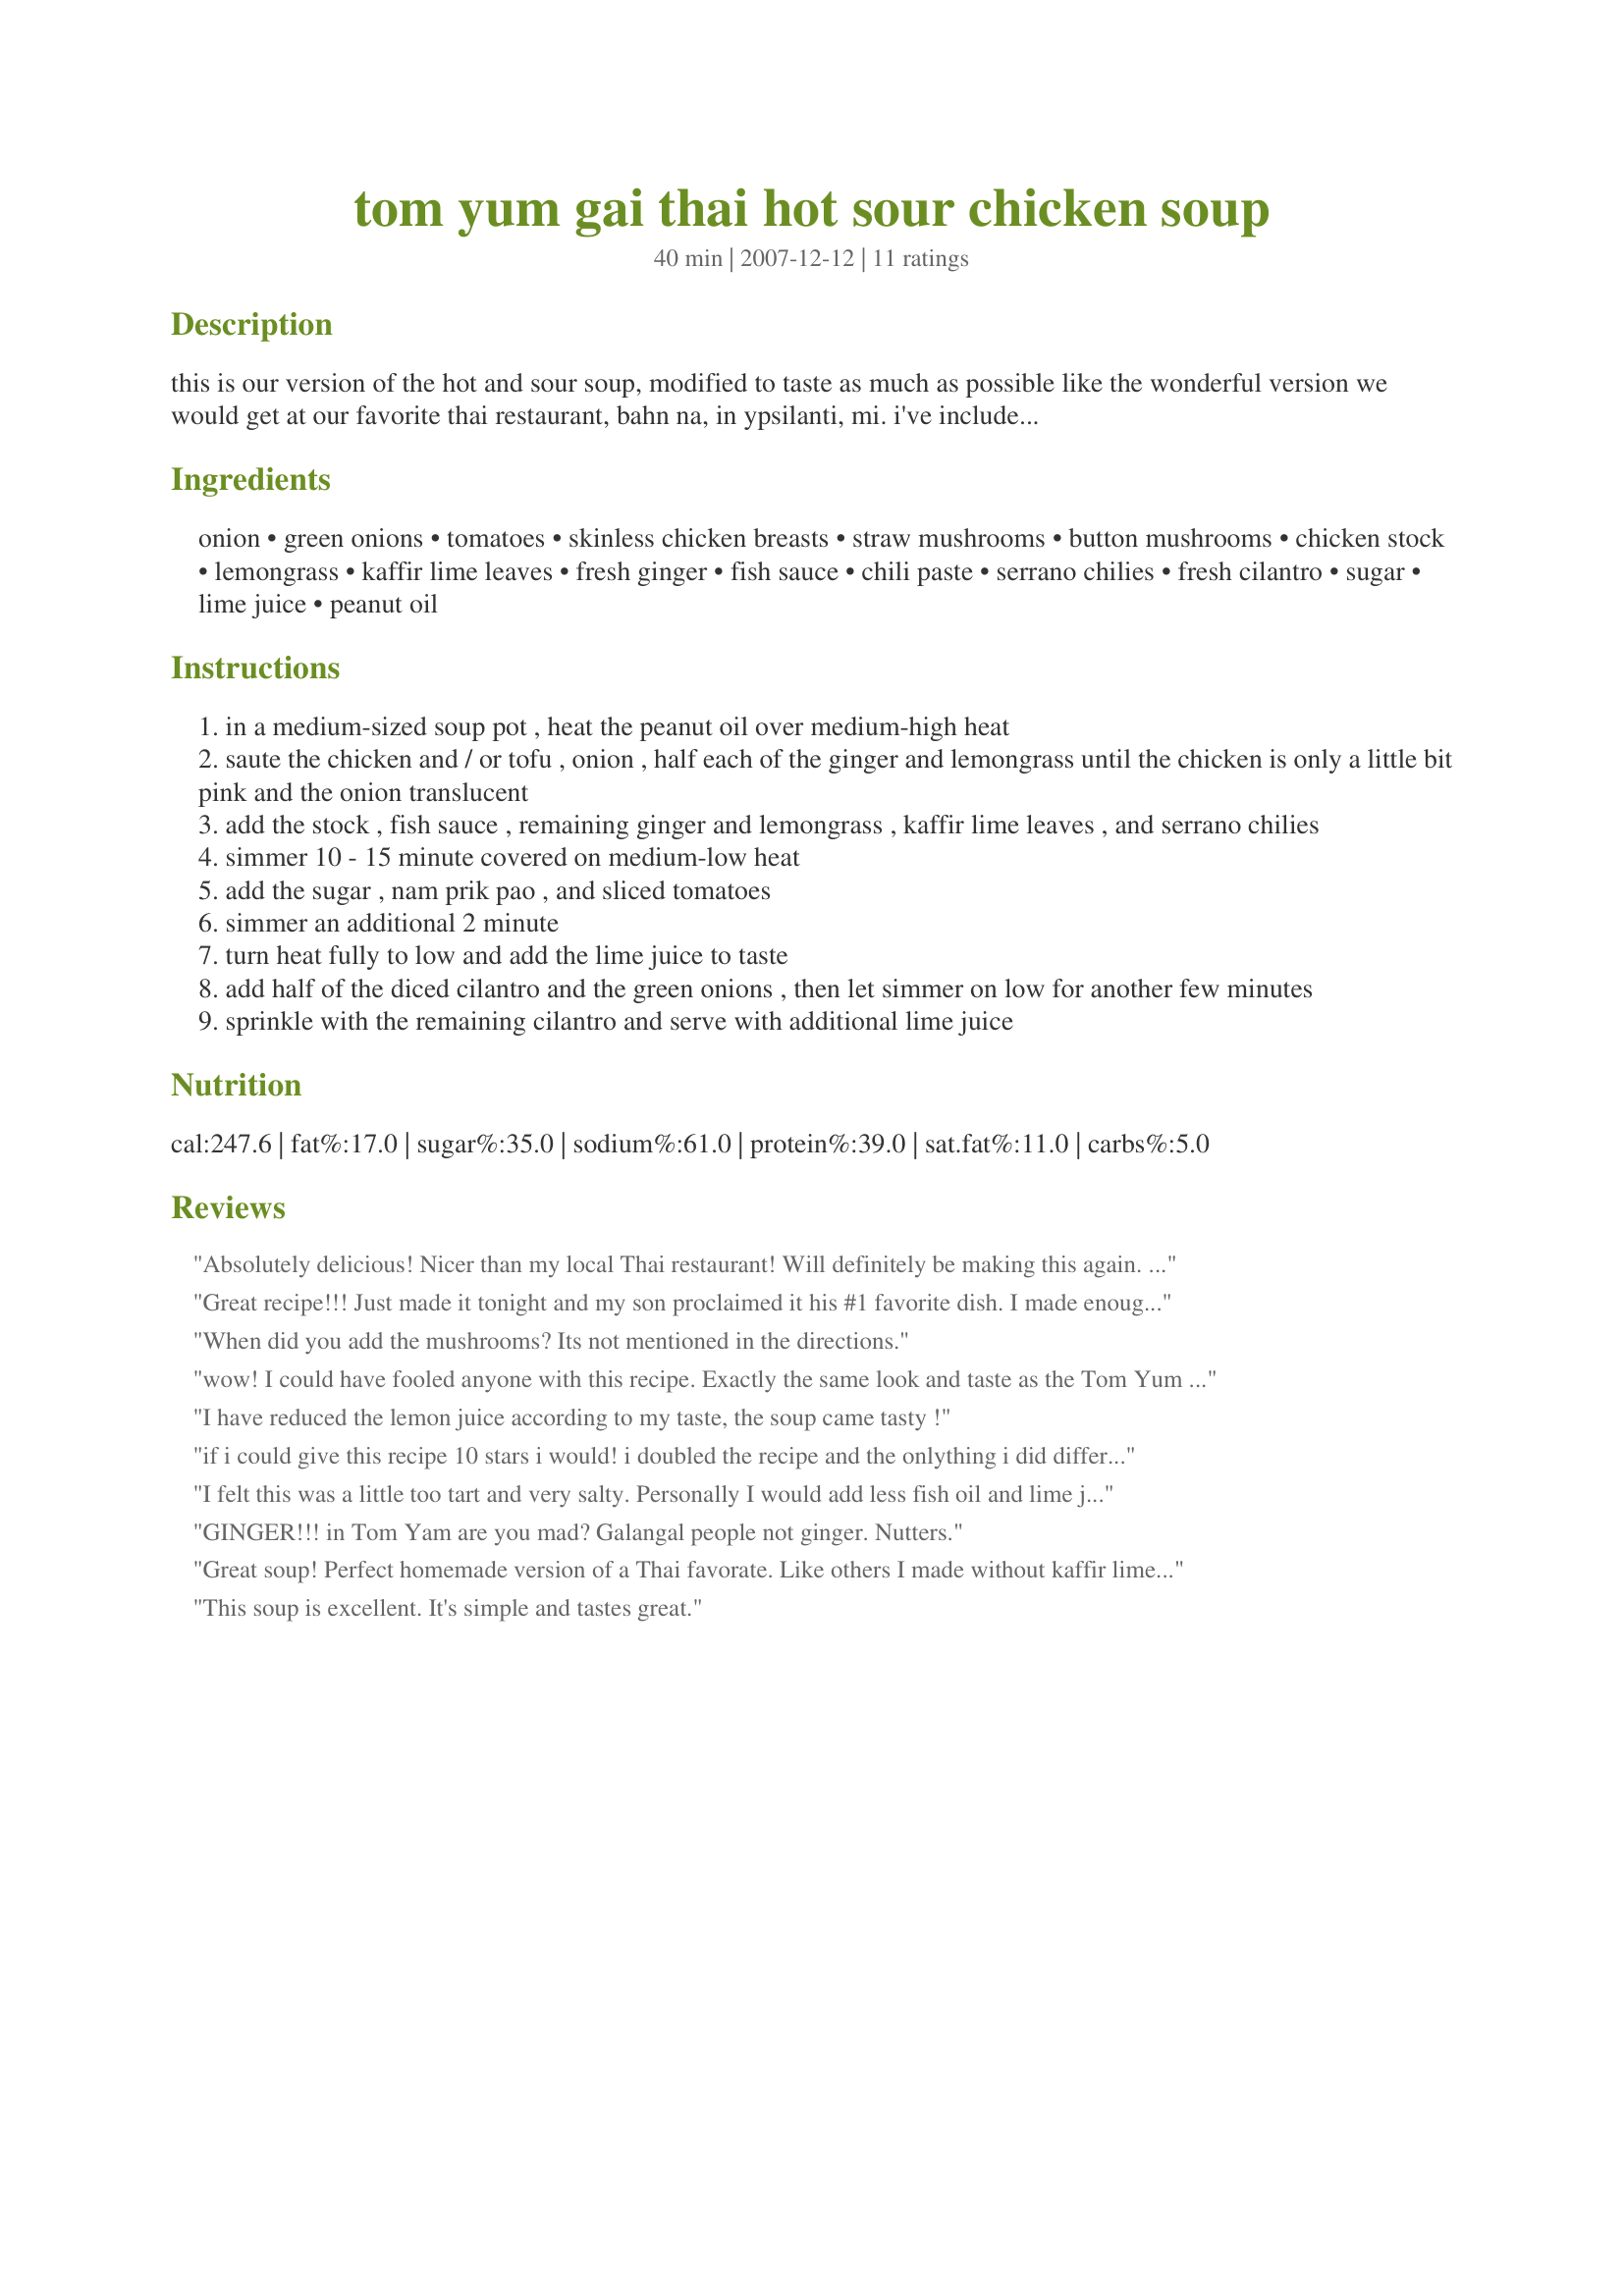
tom yum gai thai hot sour chicken soup
Preparation time: 40 minutes

this is our version of the hot and sour soup, modified to taste as much as possible like the wonderful version we would get at our favorite thai restaurant, bahn na, in ypsilanti, mi. i've included the modifications (*) that make it vegetarian-friendly.
a note about the fish sauce: this can be purchased from any asian grocery, and i would recommend just about any that come in a glass bottle - they generally taste better.

Ingredients:
onion, green onions, tomatoes, skinless chicken breasts, straw mushrooms, button mushrooms, chicken stock, lemongrass, kaffir lime leaves, fresh ginger, fish sauce, chili paste, serrano chilies, fresh cilantro, sugar, lime juice, peanut oil

Steps:
in a medium-sized soup pot , heat the peanut oil over medium-high heat
saute the chicken and / or tofu , onion , half each of the ginger and lemongrass until the chicken is only a little bit pink and the onion translucent
add the stock , fish sauce , remaining ginger and lemongrass , kaffir lime leaves , and serrano chilies
simmer 10 - 15 minute covered on medium-low heat
add the sugar , nam prik pao , and sliced tomatoes
simmer an additional 2 minute
turn heat fully to low and add the lime juice to taste
add half of the diced cilantro and the green onions , then let simmer on low for another few minutes
sprinkle with the remaining cilantro and serve with additional lime juice

Reviews:
Absolutely delicious! Nicer than my local Thai restaurant! Will definitely be making this again. Thanks!
Great recipe!!! Just made it tonight and my son proclaimed it his #1 favorite dish. I made enough for 8 and my family of 4 ate it all. My only recommended change would be to drain the chicken/onions before adding the rest of the ingredients so that the broth isn't milky. Eat your heart out, Thai Town!!!
When did you add the mushrooms? Its not mentioned in the directions.
wow! I could have fooled anyone with this recipe. Exactly the same look and taste as the Tom Yum Gai from our favourite local Thai restaurant. I will certainly put that recipe in my top 25! (note: i didn't even have any kaffir lime leaves and it was still terrific!)
I have reduced the lemon juice according to my taste, the soup came tasty !
if i could give this recipe 10 stars i would! i doubled the recipe and the onlything i did differently was add more nam prik pow as we like it real spicy :) thanks for an excellent recipe
I felt this was a little too tart and very salty. Personally I would add less fish oil and lime juice - and perhaps a little more sweetness is required.
GINGER!!! in Tom Yam are you mad? Galangal people not ginger. Nutters.
Great soup! Perfect homemade version of a Thai favorate. Like others I made without kaffir lime leaves as I was unable to find any - still super tasty results. A definite keeper.
This soup is excellent. It's simple and tastes great.
This is a very good, basic recipe to get the idea of the soup and be able to make your own adjustments according to taste. If you followed it exactly you would never add the mushrooms and who knows what they mean by "another few minutes"? So, I would assume this recipe is meant to be adjusted and wing it. I just made this and it was excellent. I had no peanut oil so I used canola with a couple dashes of hot chili flavored oil and I used less fish sauce and lime juice than they called for, but more lemongrass and lime leaves and I had shiitake mushrooms on hand so I used those. I also never get fresh ginger anymore, I use naturally pressed ginger juice in place of fresh ginger since I can never use it up before it goes bad. The bottle of ginger juice lasts for a while in the fridge and I just add with the broth instead of saute. I also put in some shrimp instead of chicken at the end and was great. I thought this was pretty close to perfect for the balance of flavors, at least to my sense of taste. I don't think you can really go wrong using this as the framework for your own soup. Just don't follow the recipe exactly and don't be afraid to taste along the way to make it exactly how you would like it!
